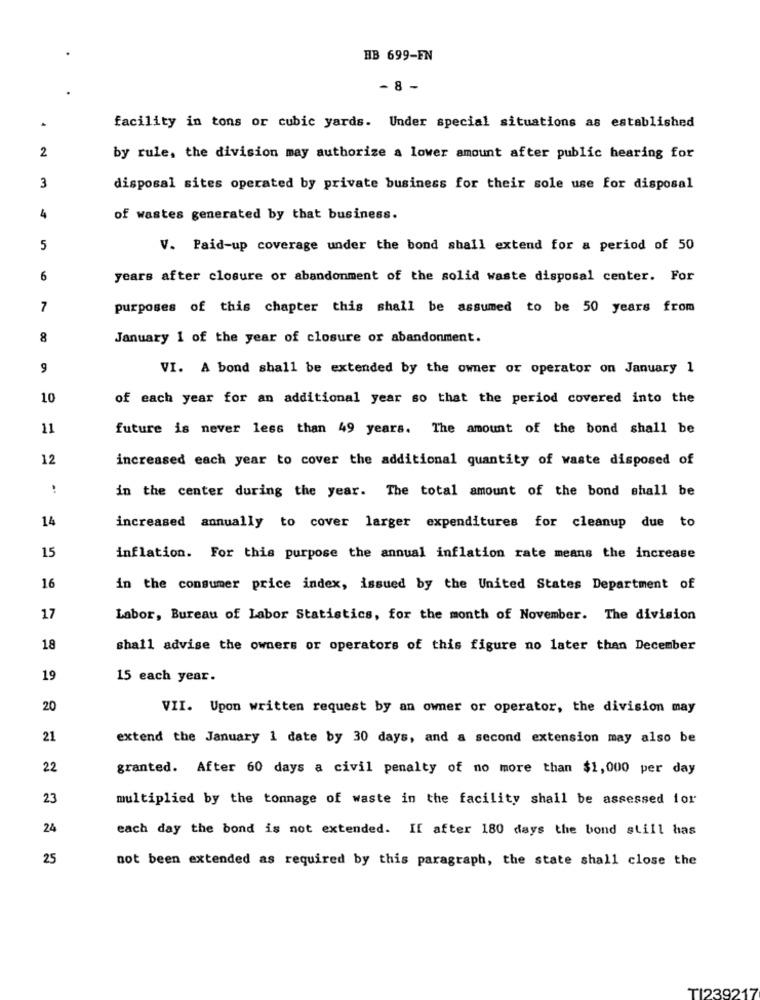
HB 699-EN
-8 -
facility in tons or cubic yards. Under special situations as established
2
by rule, the division may authorize a lower amount after public hearing for
3
disposal sites operated by private business for their sole use for disposal
4
of wastes generated by that business.
5
V. Paid-up coverage under the bond shall extend for a period of 50
6
years after closure or abandonment of the solid waste disposal center. For
7
purposes of this chapter this shall be assumed to be 50 years from
8
January 1 of the year of closure or abandonment.
9
VI. A bond shall be extended by the owner or operator on January 1
10
of each year for an additional year so that the period covered into the
11
future is never less than 49 years. The amount of the bond shall be
12
increased each year to cover the additional quantity of waste disposed of
in the center during the year. The total amount of the bond shall be
14
increased annually to cover larger expenditures for cleanup due to
15
inflation. For this purpose the annual inflation rate means the increase
16
in the consumer price index, issued by the United States Department of
17
Labor, Bureau of Labor Statistics, for the month of November. The division
18
shall advise the owners or operators of this figure no later than December
19
15 each year.
20
VII. Upon written request by an owner or operator, the division may
21
extend the January 1 date by 30 days, and a second extension may also be
22
granted. After 60 days a civil penalty of no more than $1,000 per day
23
multiplied by the tonnage of waste in the facility shall be assessed for
24
each day the bond is not extended. If after 180 days the bond still has
25
not been extended as required by this paragraph, the state shall close the
TI239217